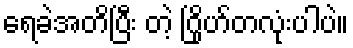
ရေခဲအတိပြီး တဲ့ ဂြိုဟ်တလုံးပါပဲ။